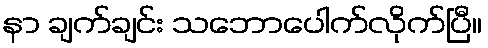
နာ ချက်ချင်း သဘောပေါက်လိုက်ပြီ။